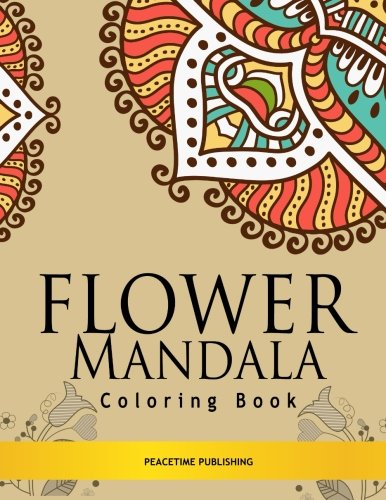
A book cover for Flower Mandala Coloring Book: Stress Relieving Mandalas Design : Coloring Books For Adults, Meditation Coloring Book for adult (Volume 2); Mandala Coloring Book; Crafts, Hobbies & Home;